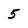
Character: 5